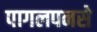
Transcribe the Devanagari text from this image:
पागलपनसे